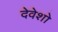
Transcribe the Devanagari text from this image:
देवेशो